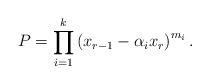
LaTeX: \begin{align*} P = \prod_{i=1}^{k}\left( x_{r-1} - \alpha_{i}x_{r} \right)^{m_{i}}.\end{align*}